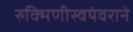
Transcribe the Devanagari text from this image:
रुक्मिणीस्वयंवराने